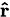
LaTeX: \scriptstyle\mathbf{\hat{r}}